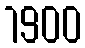
1900